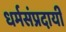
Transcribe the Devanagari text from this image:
धर्मसंप्रदायी